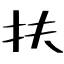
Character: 扶